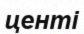
центі